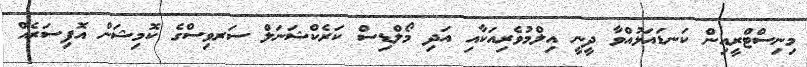
މިނިސްޓްރީއިން ކަނޑައަޅުއްވާ ދީނީ އިލްމުވެރިއަކާއި އަދި މޯލްޑިސް ކަރެކްޝަނަލް ސަރވިސްގެ ކޮމިޝަން އޮފިސަރެއް